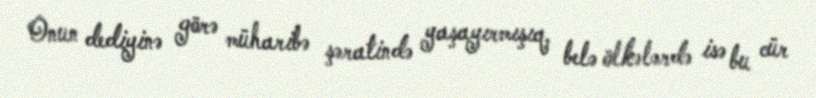
Onun dediyinə görə müharibə şəratində yaşayırmışıq, belə ölkələrdə isə bu cür